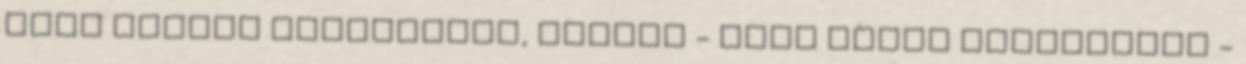
vágy okozta vonzódások, furcsa - néha kissé irányított -